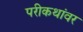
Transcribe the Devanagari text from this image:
परीकथांवर